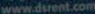
www.dsrent.com